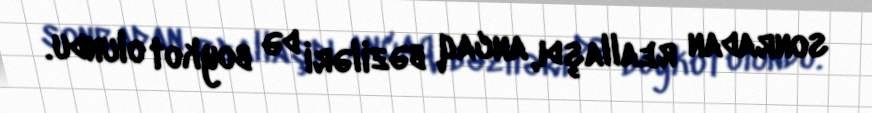
sonradan reallaşdı, ancaq bəziləri də boykot olundu.